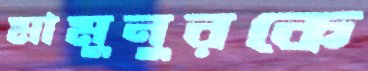
মামুনুরকে